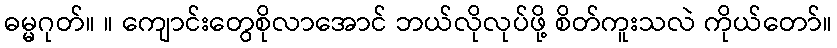
ဓမ္မဂုတ်။ ။ ကျောင်းတွေစိုလာအောင် ဘယ်လိုလုပ်ဖို့ စိတ်ကူးသလဲ ကိုယ်တော်။